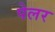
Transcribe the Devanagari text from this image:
पेलर